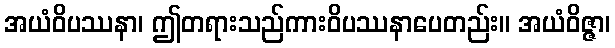
အယံဝိပဿနာ၊ ဤတရားသည်ကားဝိပဿနာပေတည်း။ အယံဝိဇ္ဇာ၊